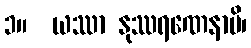
၁။  ယဿာ နုဿရဏေနာပိ၊